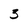
Character: 3